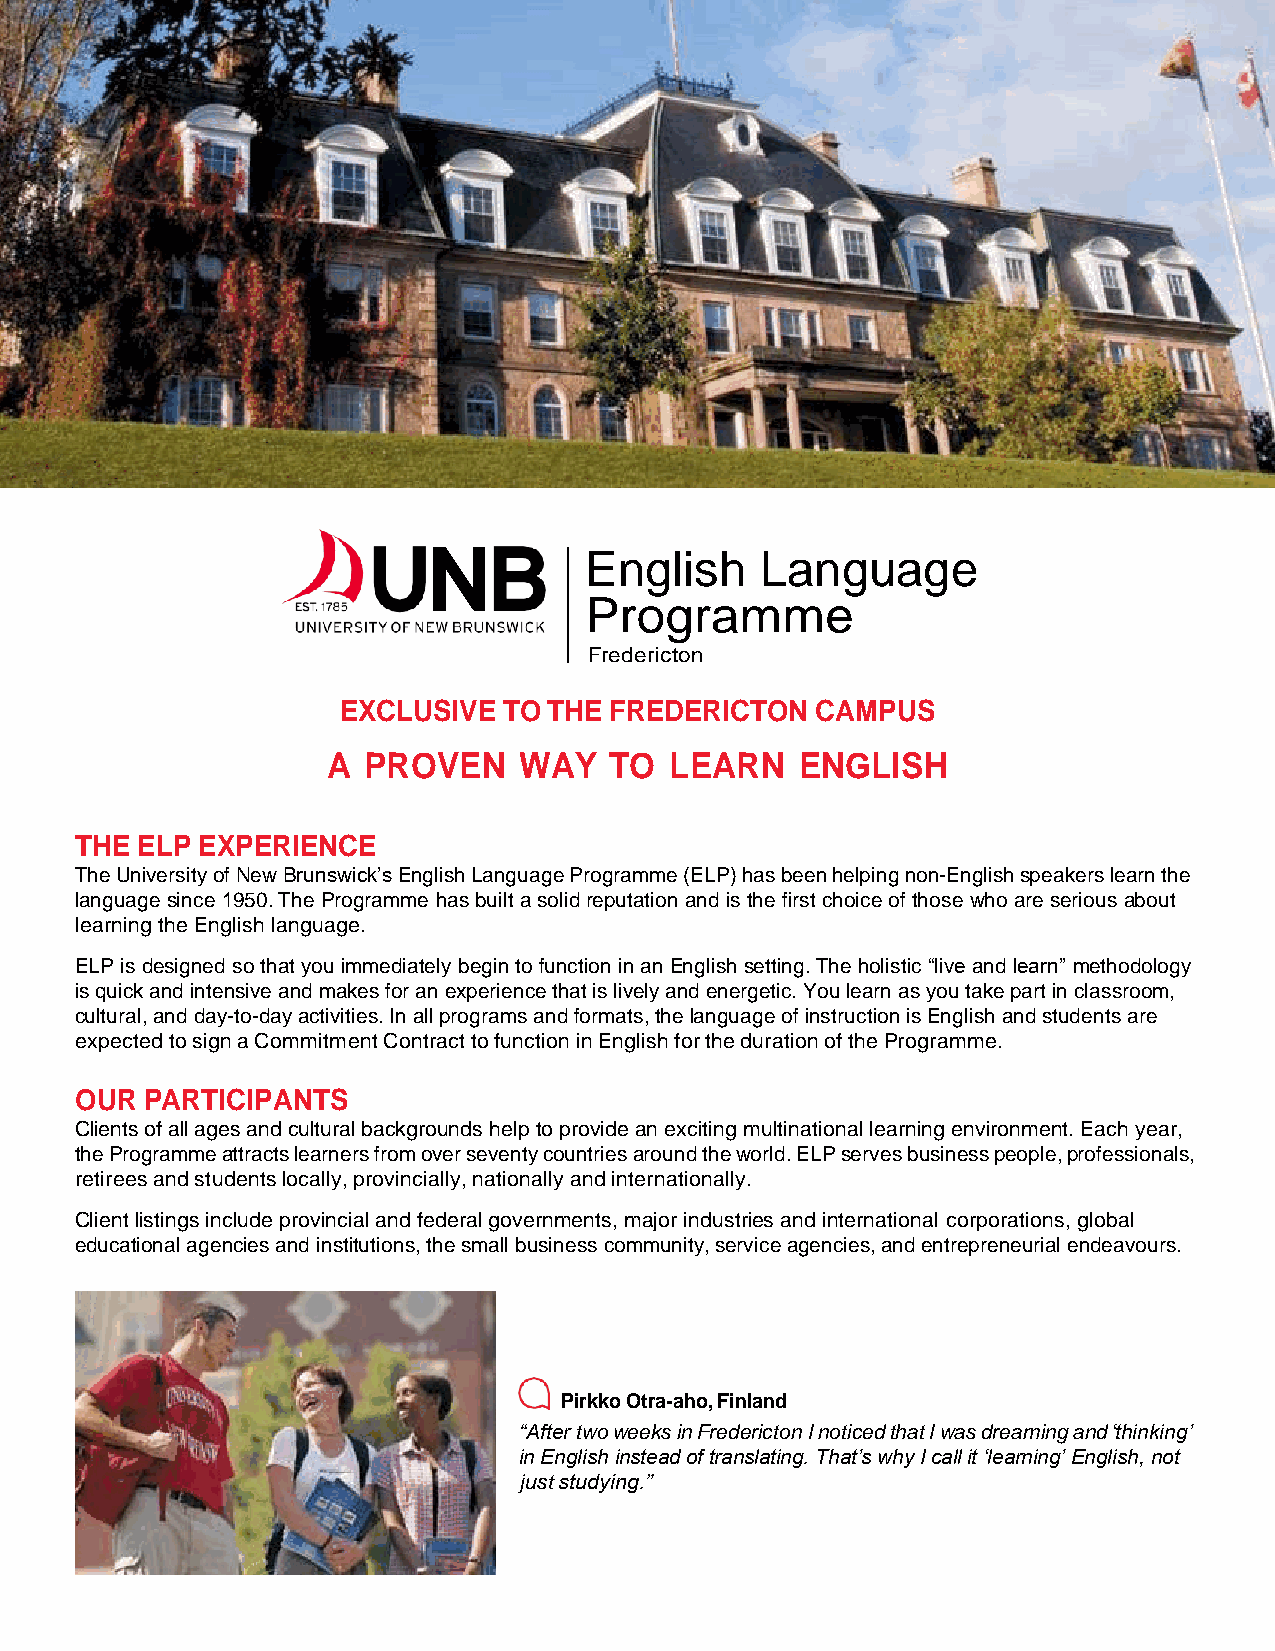
English    Language
 Programme
 Fredericton
 EXCLUSIVE TO THE FREDERICTON   CAMPUS
 A PROVEN    WAY   TO  LEARN    ENGLISH
 THE ELP EXPERIENCE
 The University of New Brunswick’s English Language Programme (ELP) has been helping non-English speakers learn the
 language since 1950. The Programme has built a solid reputation and is the first choice of those who are serious about
 learning the English language.
 ELP is designed so that you immediately begin to function in an English setting. The holistic “live and learn” methodology
 is quick and intensive and makes for an experience that is lively and energetic. You learn as you take part in classroom,
 cultural, and day-to-day activities. In all programs and formats, the language of instruction is English and students are
 expected to sign a Commitment Contract to function in English for the duration of the Programme.
 OUR  PARTICIPANTS
 Clients of all ages and cultural backgrounds help to provide an exciting multinational learning environment. Each year,
 the Programme attracts learners from over seventy countries around the world. ELP serves business people, professionals,
 retirees and students locally, provincially, nationally and internationally.
 Client listings include provincial and federal governments, major industries and international corporations, global
 educational agencies and institutions, the small business community, service agencies, and entrepreneurial endeavours.
 Pirkko Otra-aho, Finland
 “After two weeks in Fredericton I noticed that I was dreaming and ‘thinking’
 in English instead of translating. That’s why I call it ‘learning’ English, not
 just studying.”